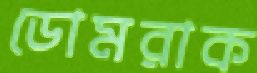
ডোমরাক